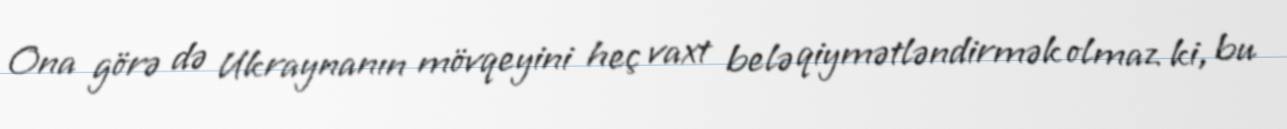
Ona görə də Ukraynanın mövqeyini heç vaxt belə qiymətləndirmək olmaz ki, bu